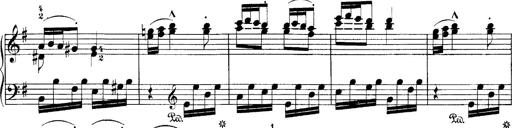
Title: Hungarian Rhapsody No.7
Composer: Franz Liszt
Key: D minor